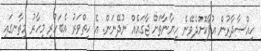
ހިއްސާދާރުން އުފާކޮށްދެވޭނެ ހިޔާނާތަށް ޖާގައެއް ނުދޭނަން. އެ ހިތްވަރު އެބަހުރި މިހާރު މިތާނގައި